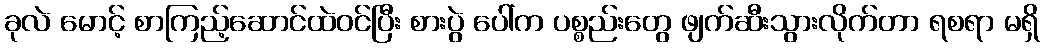
ခုလဲ မောင့် စာကြည့်ဆောင်ထဲဝင်ပြီး စားပွဲ ပေါ်က ပစ္စည်းတွေ ဖျက်ဆီးသွားလိုက်တာ ရစရာ မရှိ